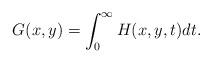
LaTeX: \begin{align*} G(x,y)=\int_0^\infty H(x,y,t)dt. \end{align*}